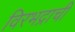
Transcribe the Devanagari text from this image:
विरभद्राची